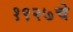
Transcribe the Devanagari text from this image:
१९२७चे